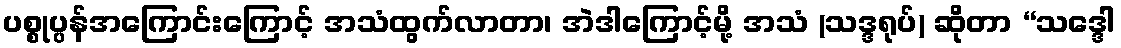
ပစ္စုပ္ပန်အကြောင်းကြောင့် အသံထွက်လာတာ၊ အဲဒါကြောင့်မို့ အသံ (သဒ္ဒရုပ်) ဆိုတာ “သဒ္ဒေါ